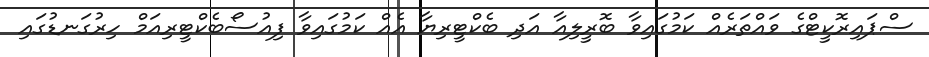
ސްޕައިރޮކީޓްގެ ވައްތަރެއް ކަމުގައިވާ ބޮރީލިއާ އަދި ބެކްޓީރިޔާ އެއް ކަމުގައިވާ ފިއުސޯބެކްޓީރިއަމް ހިރުގަނޑުގައި